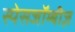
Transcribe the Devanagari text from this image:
स्पेसजॉम्बीज़